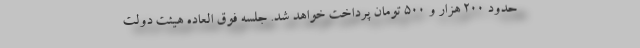
حدود ۲۰۰ هزار و ۵۰۰ تومان پرداخت خواهد شد. جلسه فوق العاده هیئت دولت